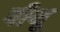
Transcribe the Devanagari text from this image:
पीथू